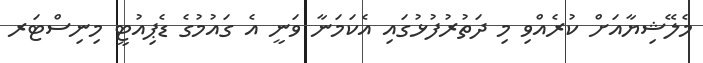
މެލޭޝިޔާއަށް ކުރެއްވި މި ދަތުރުފުޅުގައި އެކަމަނާ ވަނީ އެ ގައުމުގެ ޑެޕިއުޓީ މިނިސްޓަރ